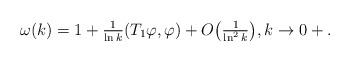
LaTeX: \begin{align*}\omega(k) = 1 + \tfrac{1}{\ln k}(T_1\varphi,\varphi) +O\big(\tfrac{1}{\ln^2k}\big),k\rightarrow 0+.\end{align*}